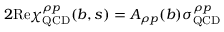
2 \mathrm { R e } \chi _ { \mathrm { Q C D } } ^ { \rho p } ( b , s ) = A _ { \rho p } ( b ) \sigma _ { \mathrm { Q C D } } ^ { \rho p }